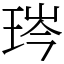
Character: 琌